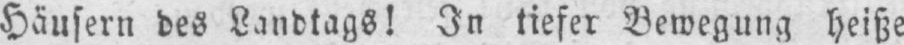
Häusern des Landtags! In tiefer Bewegung heiße